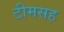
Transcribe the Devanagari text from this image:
टीमसह